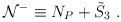
\begin{align*}{\cal N}^-\equiv N_{P}+{\tilde S}_3\ .\end{align*}